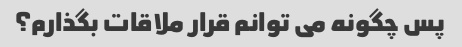
پس چگونه می توانم قرار ملاقات بگذارم؟